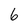
Character: 6